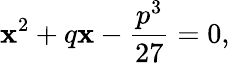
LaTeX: \mathbf{x}^{2}+q\mathbf{x}-{\frac{{p^{3}}}{{27}}}=0,